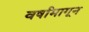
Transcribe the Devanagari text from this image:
वर्षामागून